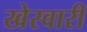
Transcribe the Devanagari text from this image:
खेरवारी